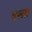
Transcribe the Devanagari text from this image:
एस्सा